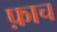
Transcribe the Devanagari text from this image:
फ़ाच